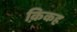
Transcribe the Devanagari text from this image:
क़िकह